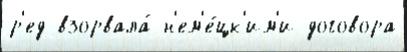
р'ед взорвала́ н'ем'е́цк'им'и договора